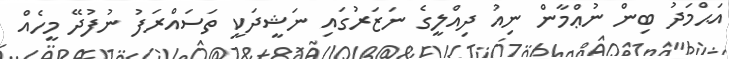
އަޙްމަދު ބިން ނުޢްމާން ނިއު ދިއްލީގެ ނަޒަރުގައި ނަޝީދަކީ ތަސައްރަފު ނުފުދޭ މީހެއް